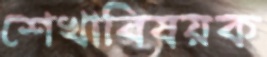
শেখাবিষয়ক